Civil Veterinary Dept. North-West Frontier Province 1933-46 - 1933-1946
Year: 1933
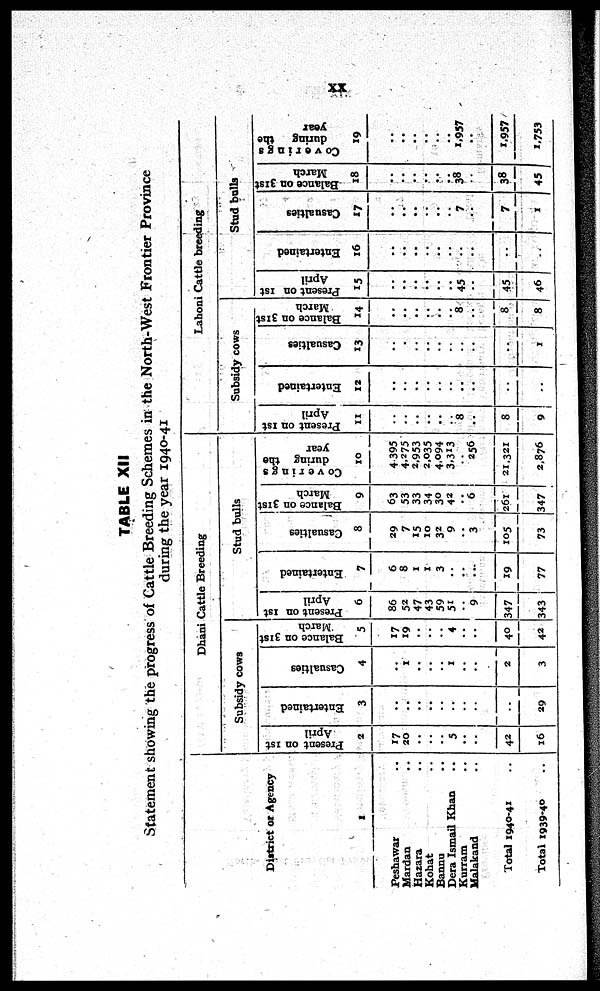
xx
TABLE XII
Statement showing the progress of Cattle Breeding Schemes in the North-West Frontier Province
during the year 1940-41
District or Agency
1
Peshawar ..
Mardan ..
Hazara ..
Kohat ..
Bannu ..
Dera Ismail Khan ..
Kurram ..
Malakand ..
Total 1940-41 ..
Total 1939-40
Dhani Cattle Breeding
Subsidy cows
Present on 1st
April
2
17
20
..
..
..
5
..
..
42
16
Entertained
3
..
..
..
..
..
..
..
..
..
29
Casualties
4
..
1
..
..
1
..
..
2
3
Balance on 31st
March
5
17
19
..
..
..
4
..
..
40
42
Stud bulls
Present on 1st
April
6
86
52
47
43
59
51
..
9
347
343
Entertained
7
6
8
1
1
3
..
..
..
19
77
Casualties
8
29
7
15
10
32
9
..
3
105
73
Balance on 31st
March
9
63
53
33
34
30
42
..
6
261
347
Coverings
during the
year
10
4,395
4,275
2,953
2,035
4,094
3,313
..
256
21,321
2,876
Lahoni Cattle breeding
Subsidy cows
Present on 1st
April
11
..
..
..
..
..
..
8
..
8
9
Entertained
12
..
..
..
..
..
..
..
..
..
..
Casualties
13
..
..
..
..
..
..
..
..
1
ahoni Cattle breeding
Ba l
a nc e on 31st
Ma r
c h
14
..
..
..
..
..
..
8
..
8
8
Stud bulls
Present on 1st
April
15
..
..
..
..
..
..
45
..
45
46
Entertained
16
..
..
..
..
..
..
..
..
..
..
Casualties
17
..
..
..
..
..
..
7
..
7
1
Balance on 31st
March
18
..
..
..
..
..
38
..
38
45
Coverings
during the
year
19
..
..
..
..
..
..
1,957
..
1,957
1,753